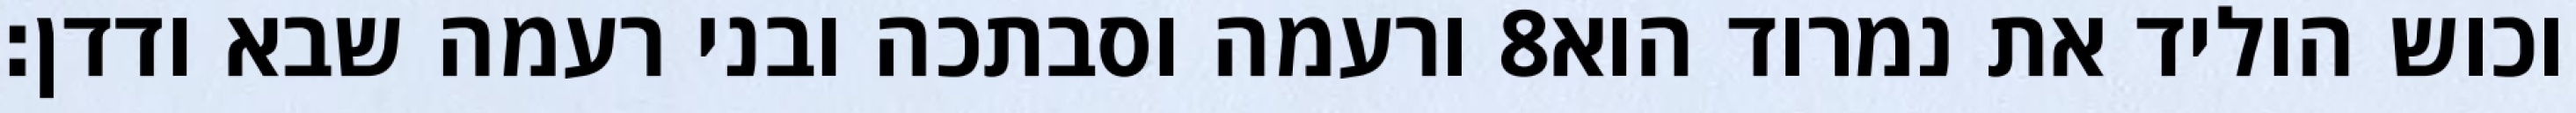
ורעמה וסבתכה ובני רעמה שבא ודדן׃ ‎8‏ וכוש הוליד את נמרוד הוא